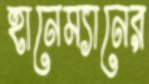
হানেম্যানের